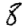
Digit: 8